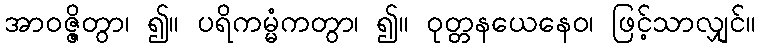
အာဝဇ္ဇိတွာ၊ ၍။ ပရိကမ္မံကတွာ၊ ၍။ ဝုတ္တနယေနေဝ၊ ဖြင့်သာလျှင်။